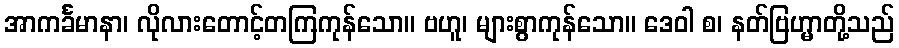
အာကင်္ခမာနာ၊ လိုလားတောင့်တကြကုန်သော။ ဗဟူ၊ များစွာကုန်သော။ ဒေဝါ စ၊ နတ်ဗြဟ္မာတို့သည်